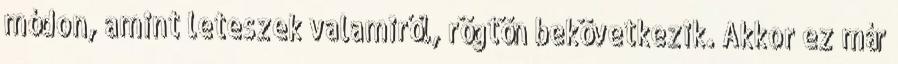
módon, amint leteszek valamiről, rögtön bekövetkezik. Akkor ez már